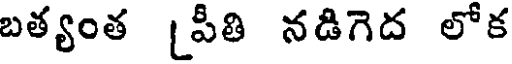
బత్యంత [పీతి నడిగెద లోక